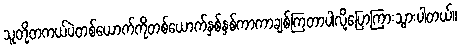
သူတို့တကယ်ပဲတစ်ယောက်ကိုတစ်ယောက်နှစ်နှစ်ကာကာချစ်ကြတာပါလို့ပြောကြားသွားပါတယ်။